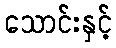
သောင်းနှင့်